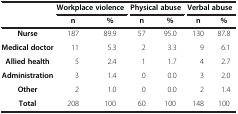
| <ROWSPAN=2>  | <COLSPAN=2> Workplace violence | <COLSPAN=2> Physical abuse | <COLSPAN=2> Verbal abuse |
 | n | % | n | % | n | % |
 | --- | --- | --- | --- | --- | --- | --- |
 | Nurse | 187 | 89.9 | 57 | 95.0 | 130 | 87.8 |
 | Medical doctor | 11 | 5.3 | 2 | 3.3 | 9 | 6.1 |
 | Allied health | 5 | 2.4 | 1 | 1.7 | 4 | 2.7 |
 | Administration | 3 | 1.4 | 0 | 0.0 | 3 | 2.0 |
 | Other | 2 | 1.0 | 0 | 0.0 | 2 | 1.4 |
 | Total | 208 | 100 | 60 | 100 | 148 | 100 |